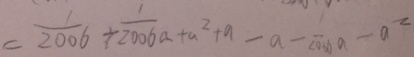
= \frac { 1 } { 2 0 0 6 } + \frac { 1 } { 2 0 0 6 } a + a ^ { 2 } + a - a - \frac { 1 } { 2 0 0 6 } a - a ^ { 2 }